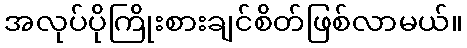
အလုပ်ပိုကြိုးစားချင်စိတ်ဖြစ်လာမယ်။